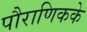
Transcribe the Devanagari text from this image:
पौराणिकके